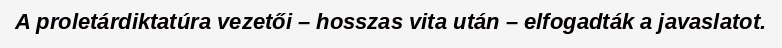
A proletárdiktatúra vezetői – hosszas vita után – elfogadták a javaslatot.